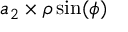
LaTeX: a _ { 2 } \times \rho \sin ( \phi )